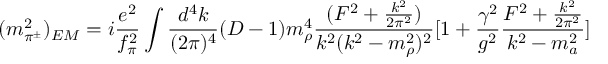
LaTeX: ( m _ { \pi ^ { \pm } } ^ { 2 } ) _ { E M } = i { \frac { e ^ { 2 } } { f _ { \pi } ^ { 2 } } } \int \frac { d ^ { 4 } k } { ( 2 \pi ) ^ { 4 } } ( D - 1 ) m _ { \rho } ^ { 4 } { \frac { { ( F ^ { 2 } + { \frac { k ^ { 2 } } { 2 \pi ^ { 2 } } } ) } } { { k ^ { 2 } ( k ^ { 2 } - m _ { \rho } ^ { 2 } ) ^ { 2 } } } } [ 1 + { \frac { \gamma ^ { 2 } } { g ^ { 2 } } } { \frac { { F ^ { 2 } + { \frac { k ^ { 2 } } { 2 \pi ^ { 2 } } } } } { { k ^ { 2 } - m _ { a } ^ { 2 } } } } ]